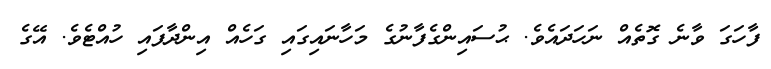
ފާހަގަ ވާނެ ގޮތެއް ނަހަދައެވެ. ޙުސައިންގެފާނުގެ މަހާނައިގައި ގަހެއް އިންދާފައި ހުއްޓެވެ. އޭގެ